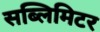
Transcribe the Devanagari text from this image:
सब्लिमिटर